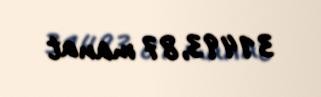
31493,87 manat